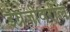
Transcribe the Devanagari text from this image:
इंग्रजीवरील